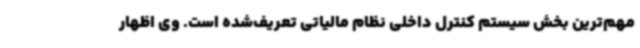
مهم‌ترین بخش سیستم کنترل داخلی نظام مالیاتی تعریف‌شده است. وی اظهار